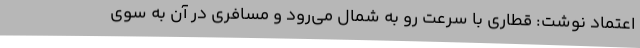
اعتماد نوشت: قطاری با سرعت رو به شمال می‌رود و مسافری در آن به سوی